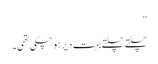
”
چلتے چلتے بہت دیر ہو چکی تھی۔